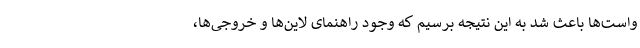
واست‌ها باعث شد به این نتیجه برسیم که وجود راهنمای لاین‌ها و خروجی‌ها،